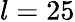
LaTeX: l=25